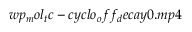
w p _ { m } o l _ { t } c - c y c l o _ { o } f f _ { d } e c a y 0 . m p 4